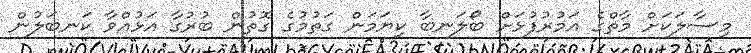
މިސާލަކަށް މާތްގެ އަމުރުފުޅަށް ބޯލަނބާ ކިޔަމަން ގަތުމުގެ ގޮތުން ބުރުގާ އަޅުއްވާ ކަނބަލުން